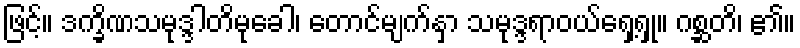
ဖြင့်။ ဒက္ခိဏသမုဒ္ဒါတိမုခေါ၊ တောင်မျက်နှာ သမုဒ္ဒရာဝယ်ရှေ့ရှု။ ဂစ္ဆတိ၊ ၏။